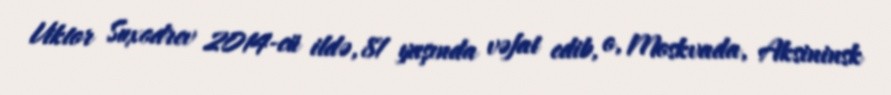
Viktor Suxodrev 2014-cü ildə, 81 yaşında vəfat edib, o, Moskvada, Aksininsk